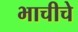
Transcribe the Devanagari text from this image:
भाचीचे